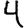
Digit: 4